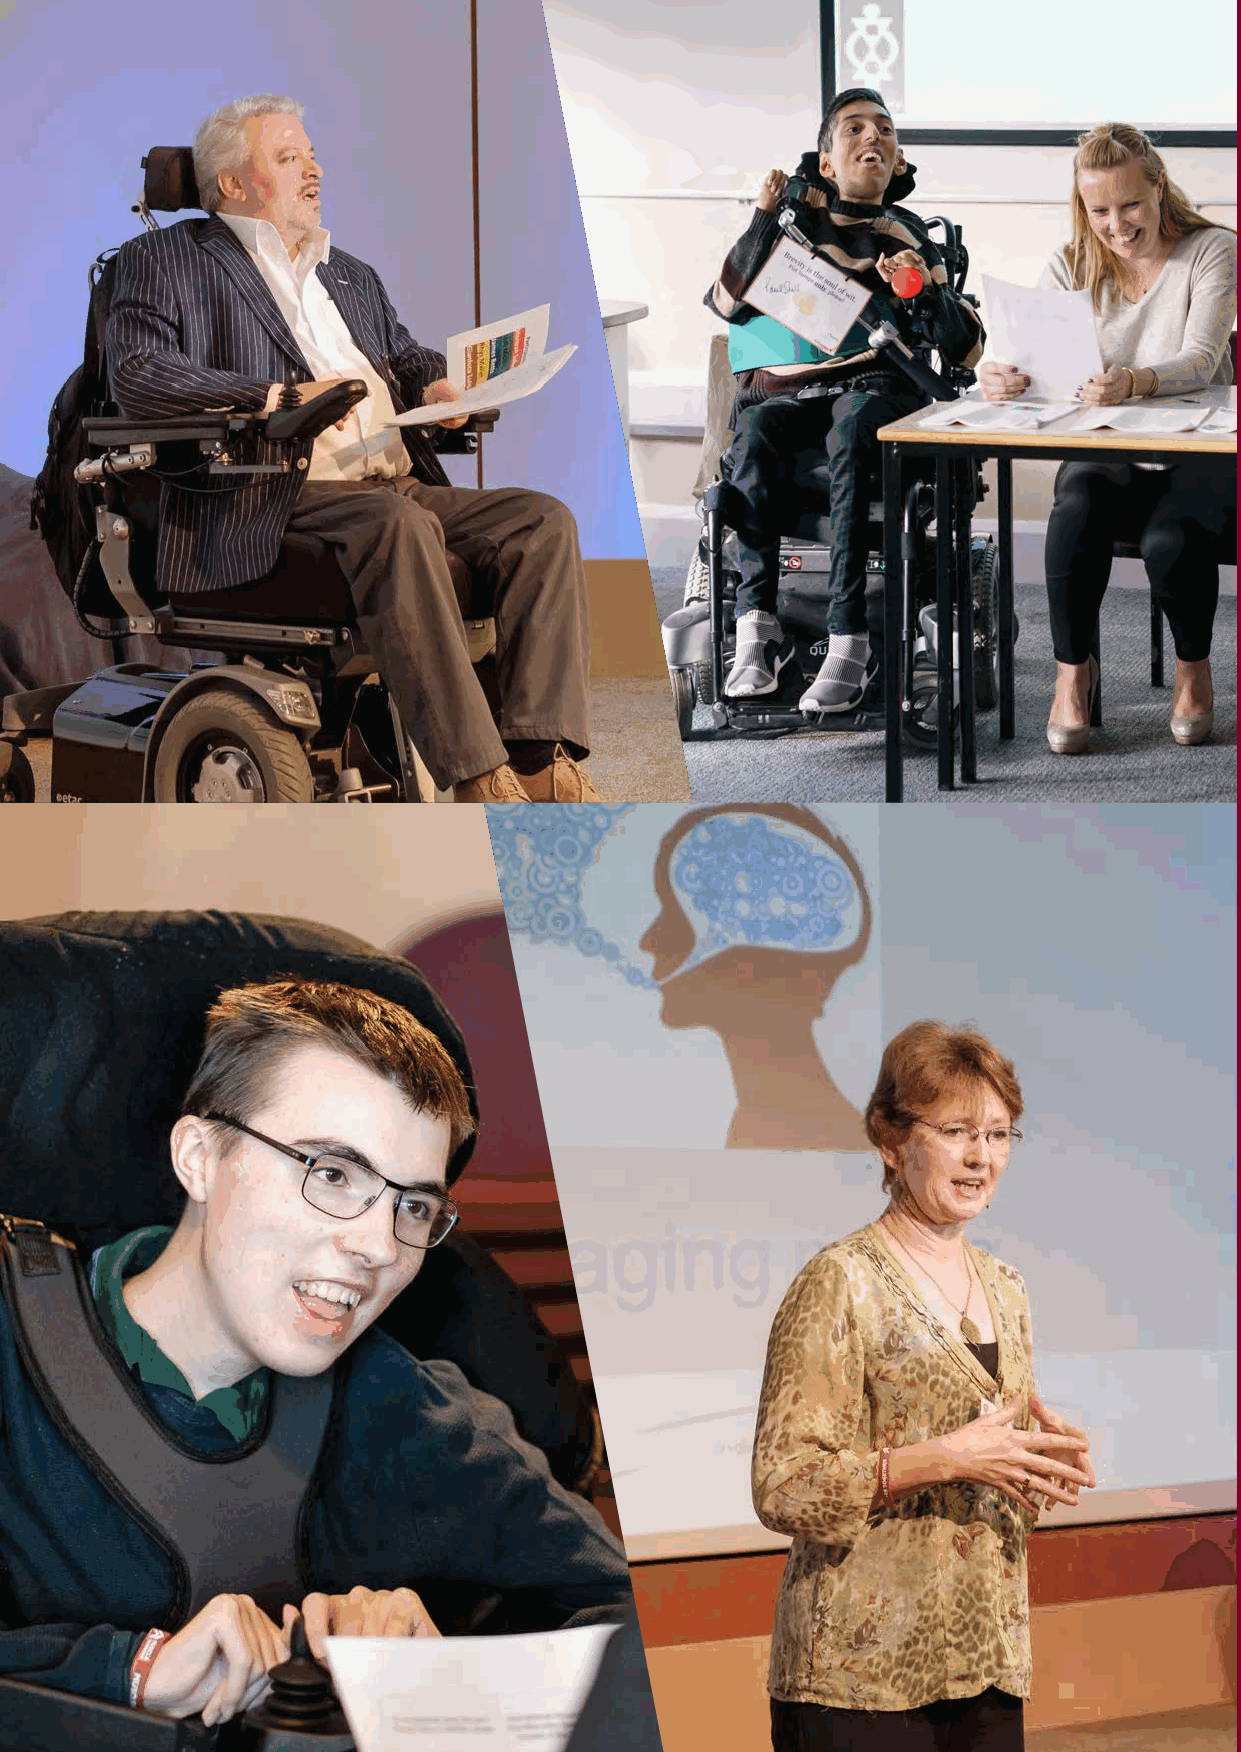
IHEM-Evaluation-Summary-Report_Brand Compliant.indd 6                   29/09/2020 06:59:11